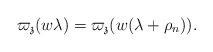
LaTeX: \begin{align*}\varpi_\mathfrak z( w\lambda)= \varpi_\mathfrak z( w(\lambda+\rho_n)).\end{align*}